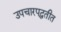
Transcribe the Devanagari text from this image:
उपचारपद्धतीत